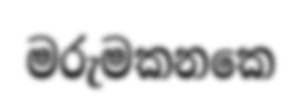
මරුමකනකෙ